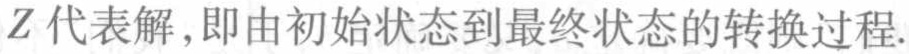
$Z$代表解,即由初始状态到最终状态的转换过程.